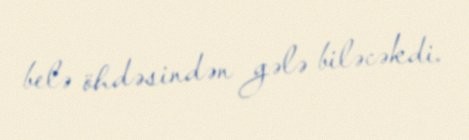
belə öhdəsindən gələ biləcəkdi.